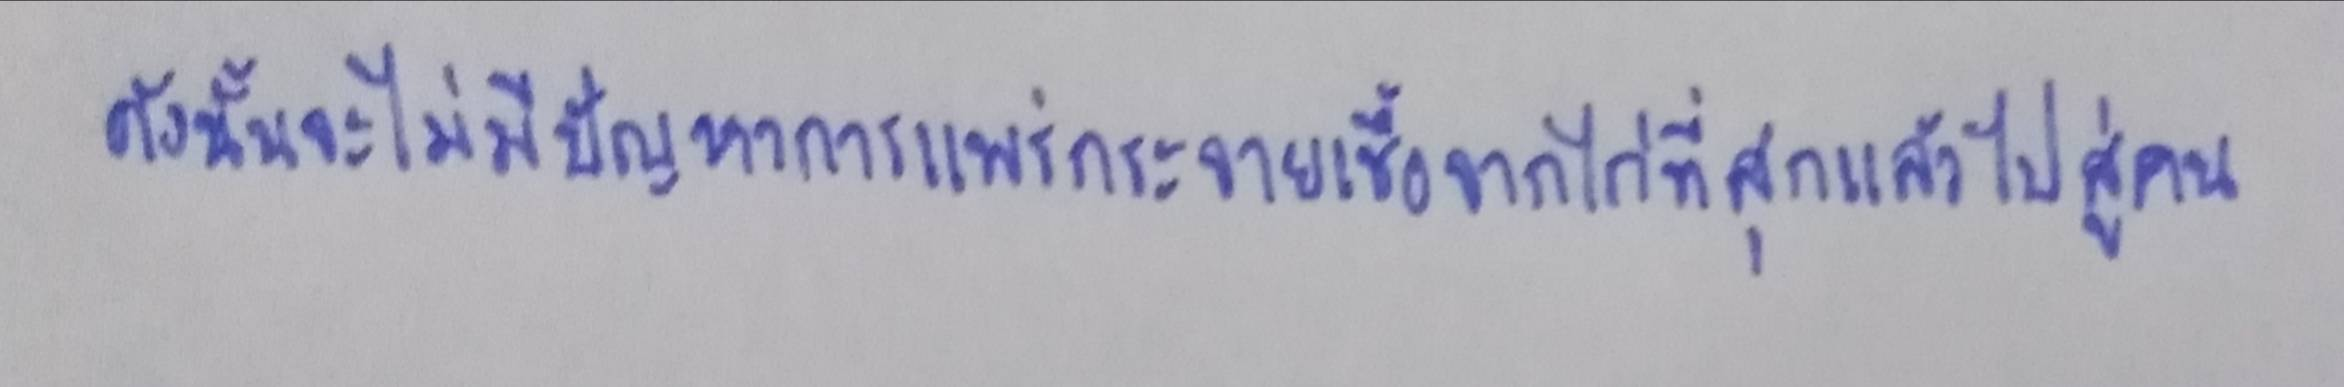
ดังนั้นจะไม่มีปัญหาการแพร่กระจายเชื้อจากไก่ที่สุกแล้วไปสู่คน